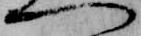
一